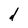
Character: d